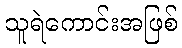
သူရဲကောင်းအဖြစ်